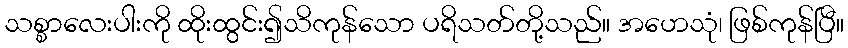
သစ္စာလေးပါးကို ထိုးထွင်း၍သိကုန်သော ပရိသတ်တို့သည်။ အဟေသုံ၊ ဖြစ်ကုန်ပြီ။